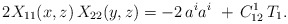
\begin{align*}2X_{11}(x,z)\,X_{22}(y,z) = -2\,a^i a^i\ + \,C_{12}^1\,T_1.\end{align*}